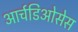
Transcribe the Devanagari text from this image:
आर्चडिओसेस